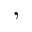
,